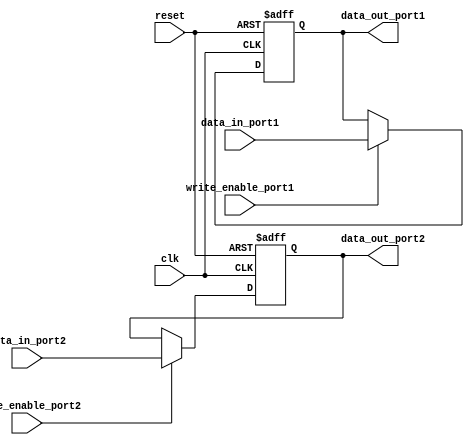
module dual_port_register (
    input wire clk,
    input wire reset,
    input wire [7:0] data_in_port1,
    input wire write_enable_port1,
    output reg [7:0] data_out_port1,
    input wire [7:0] data_in_port2,
    input wire write_enable_port2,
    output reg [7:0] data_out_port2
);

reg [7:0] register1;
reg [7:0] register2;

always @(posedge clk or posedge reset) begin
    if (reset) begin
        register1 <= 8'b0;
        register2 <= 8'b0;
    end else begin
        if (write_enable_port1) begin
            register1 <= data_in_port1;
        end
        if (write_enable_port2) begin
            register2 <= data_in_port2;
        end
    end
end

assign data_out_port1 = register1;
assign data_out_port2 = register2;

endmodule